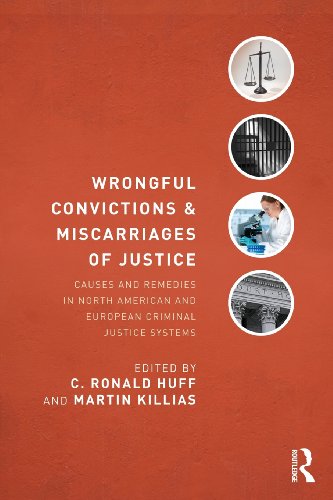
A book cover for Wrongful Convictions and Miscarriages of Justice: Causes and Remedies in North American and European Criminal Justice Systems (Criminology and Justice Studies); Law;